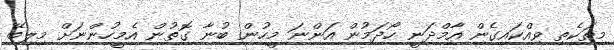
މިތަކެތި ވިއްކައިގެން އާމްދަނީ ހޯދަމުން އަންނަ މީހުން ބުނާ ގޮތުން އެމީހުންނަށް މިލިބޭ